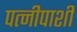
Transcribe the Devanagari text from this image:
पत्नीपाशी